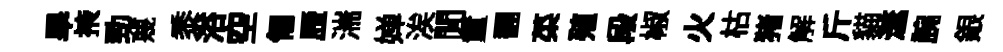
旱掖勁蔑黍浴空匍歷湍婵涘閒童翻菜殖段椒火枯猪解斤貓澨腕銀